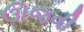
ઊજવી